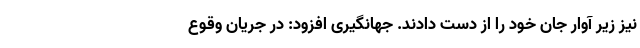
نیز زیر آوار جان خود را از دست دادند. جهانگیری افزود: در جریان وقوع